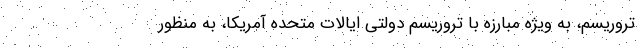
تروریسم، به ویژه مبارزه با تروریسم دولتی ایالات متحده آمریکا، به منظور